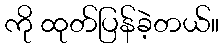
ကို ထုတ်ပြန်ခဲ့တယ်။